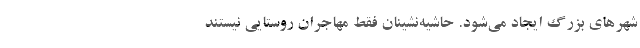
شهرهای بزرگ ایجاد می‌شود. حاشیه‌نشینان فقط مهاجران روستایی نیستند